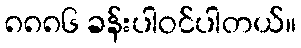
၈၈၈၆ ခန်းပါဝင်ပါတယ်။